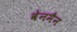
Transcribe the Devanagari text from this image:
वेनमैन